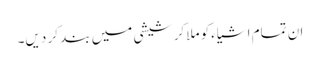
ان تمام اشیاءکو ملا کر شیشی میں بند کر دیں۔